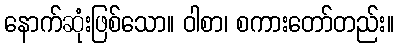
နောက်ဆုံးဖြစ်သော။ ဝါစာ၊ စကားတော်တည်း။